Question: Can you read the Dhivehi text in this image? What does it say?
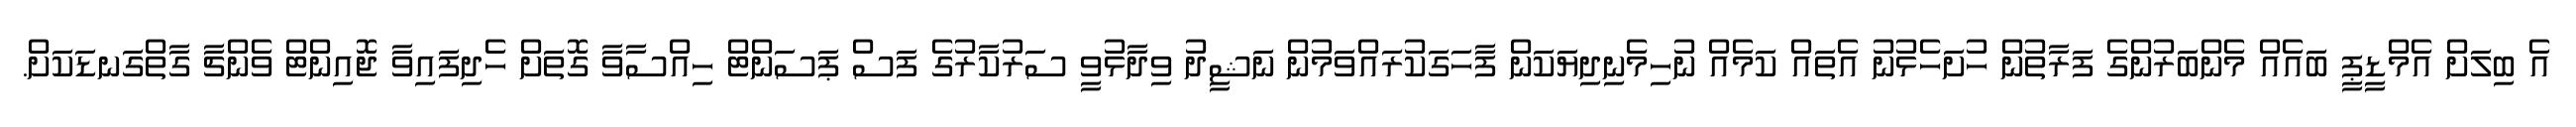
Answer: އެ ބިލަށް އެމްޑީޕީ ބައެއް މެންބަރުންގެ ފަރާތުން ހުށަހެޅުނު އެތައް ކަމެއް ނުހިމެނިދިޔަކަން ފާހަގަކުރައްވަމުން ނަޝީދު ވިދާޅުވީ ސަރުކާރުގެ ފަސް ޕަސަންޓް ހިއްސާވާ ގޮތަށް ހެދިފައިވާ ޖޮއިންޓް ވެންޗާ ގާތްގަނޑަކަށް.